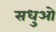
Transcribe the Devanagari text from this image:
सधुओ